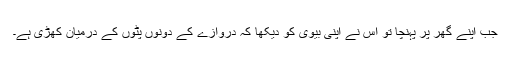
جب اپنے گھر پر پہنچا تو اس نے اپنی بیوی کو دیکھا کہ دروازے کے دونوں پٹوں کے درمیان کھڑی ہے۔